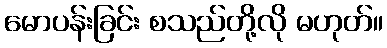
မောပန်းခြင်း စသည်တို့လို မဟုတ်။